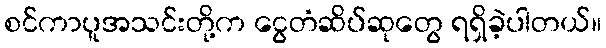
စင်ကာပူအသင်းတို့က ငွေတံဆိပ်ဆုတွေ ရရှိခဲ့ပါတယ်။